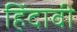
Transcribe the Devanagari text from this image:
हिंदावी